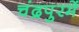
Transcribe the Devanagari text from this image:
चंद्रपुरमें